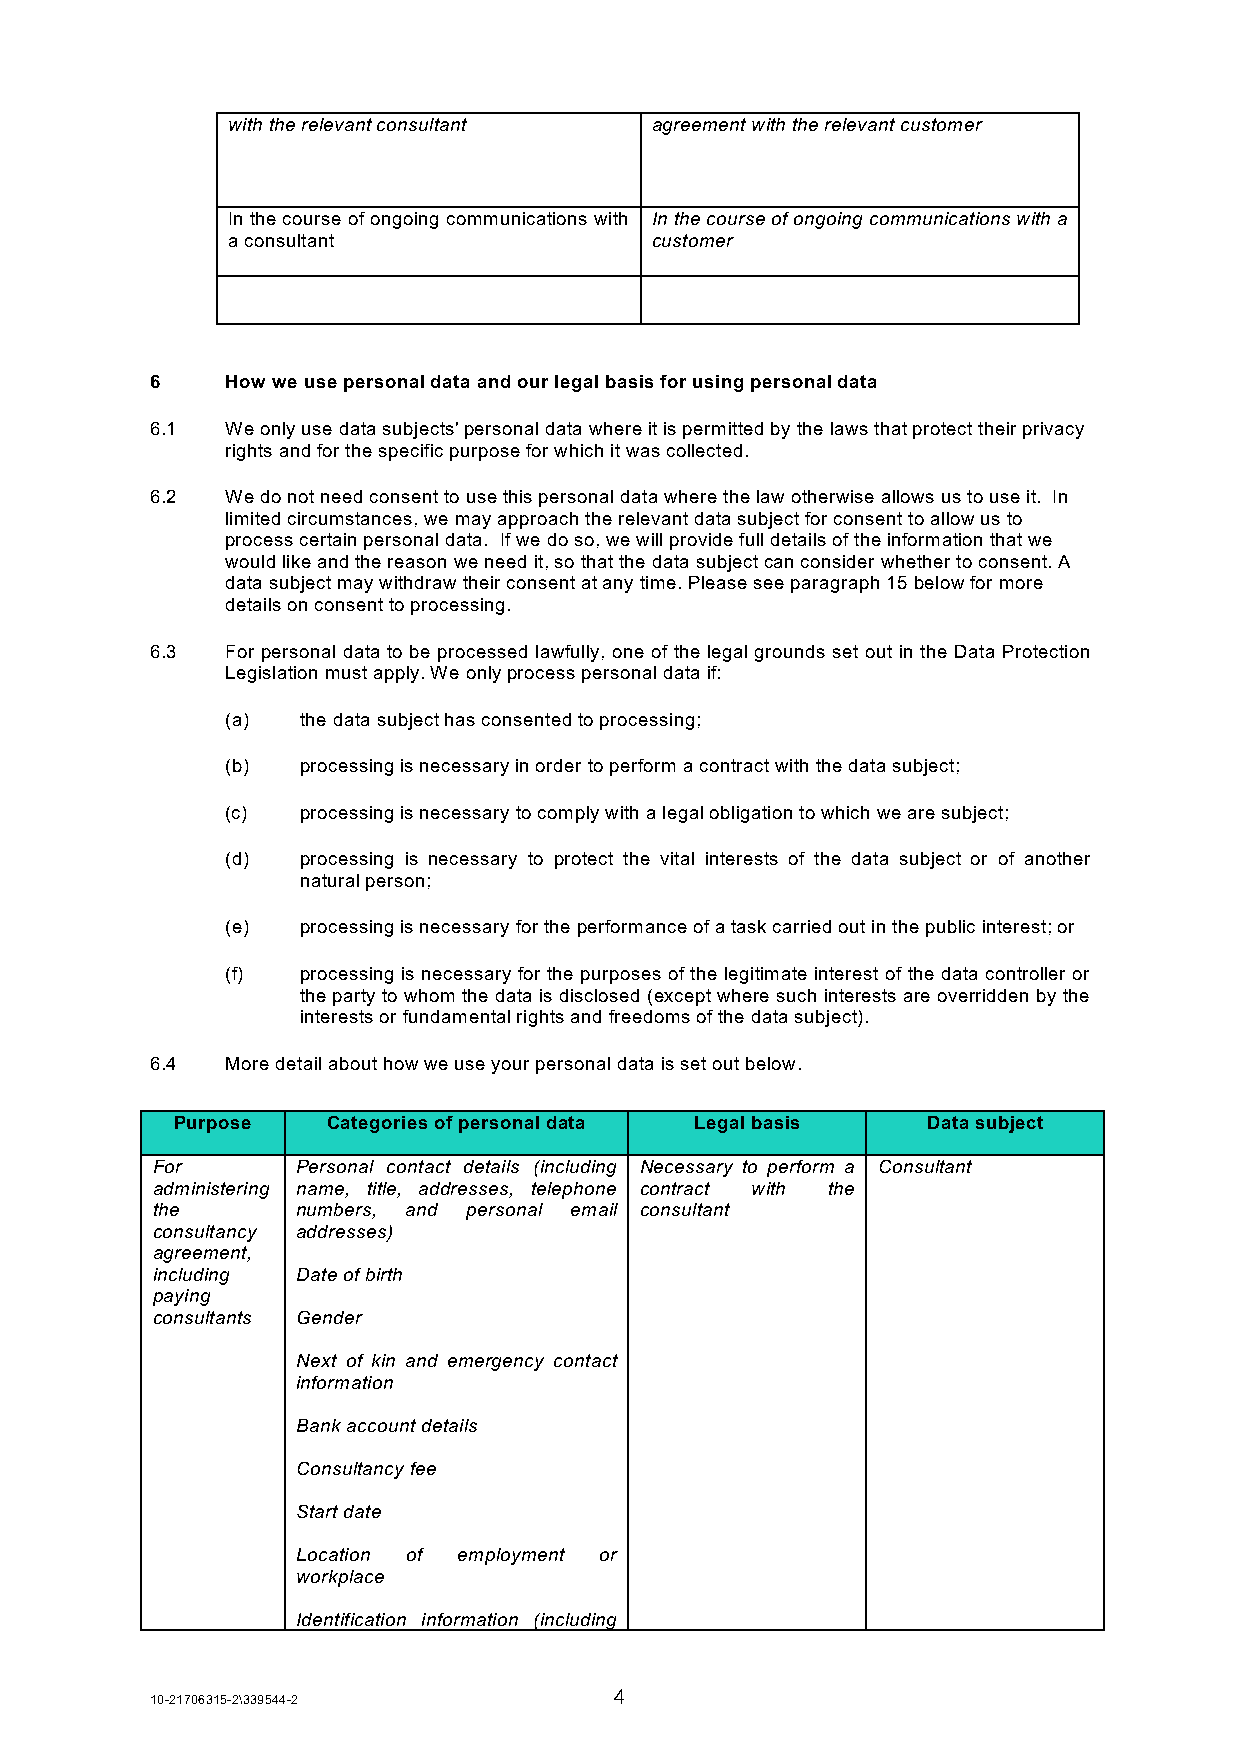
with the relevant consultant agreement with the relevant customer
 In the course of ongoing communications with In the course of ongoing communications with a
 a consultant                customer
 6    How we use personal data and our legal basis for using personal data
 6.1  We only use data subjects' personal data where it is permitted by the laws that protect their privacy
 rights and for the specific purpose for which it was collected.
 6.2  We do not need consent to use this personal data where the law otherwise allows us to use it. In
 limited circumstances, we may approach the relevant data subject for consent to allow us to
 process certain personal data. If we do so, we will provide full details of the information that we
 would like and the reason we need it, so that the data subject can consider whether to consent. A
 data subject may withdraw their consent at any time. Please see paragraph 15 below for more
 details on consent to processing.
 6.3  For personal data to be processed lawfully, one of the legal grounds set out in the Data Protection
 Legislation must apply. We only process personal data if:
 (a)  the data subject has consented to processing;
 (b)  processing is necessary in order to perform a contract with the data subject;
 (c)  processing is necessary to comply with a legal obligation to which we are subject;
 (d)  processing is necessary to protect the vital interests of the data subject or of another
 natural person;
 (e)  processing is necessary for the performance of a task carried out in the public interest; or
 (f)  processing is necessary for the purposes of the legitimate interest of the data controller or
 the party to whom the data is disclosed (except where such interests are overridden by the
 interests or fundamental rights and freedoms of the data subject).
 6.4  More detail about how we use your personal data is set out below.
 Purpose    Categories of personal data Legal basis Data subject
 For       Personal contact details (including Necessary to perform a Consultant
 administering name, title, addresses, telephone contract with the
 the       numbers, and personal email consultant
 consultancy addresses)
 agreement,
 including Date of birth
 paying
 consultants Gender
 Next of kin and emergency contact
 information
 Bank account details
 Consultancy fee
 Start date
 Location of employment or
 workplace
 Identification information (including
 4
 10-21706315-2\339544-2